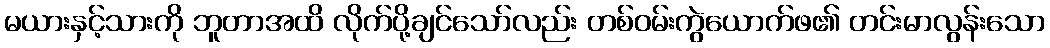
မယားနှင့်သားကို ဘူတာအထိ လိုက်ပို့ချင်သော်လည်း တစ်ဝမ်းကွဲယောက်ဖ၏ တင်းမာလွန်းသော